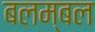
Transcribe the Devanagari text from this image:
बलम्बल